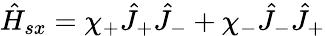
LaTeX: \hat{H}_{sx}=\chi_{+}\hat{J}_{+}\hat{J}_{-}+\chi_{-}\hat{J}_{-}\hat{J}_{+}